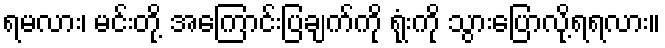
ရမလား၊ မင်းတို့ အကြောင်းပြချက်ကို ရုံးကို သွားပြောလို့ရရလား။